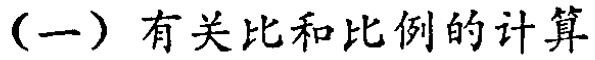
（一）有关比和比例的计算